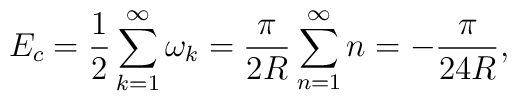
E_c=\frac{1}{2}\sum_{k=1}^{\infty} \omega_k=\frac{\pi}{2R}\sum_{n=1}^{\infty} n=-\frac{\pi}{24R},